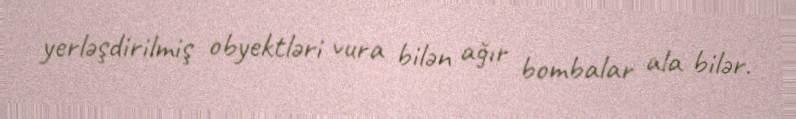
yerləşdirilmiş obyektləri vura bilən ağır bombalar ala bilər.